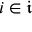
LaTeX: i \in { \mathfrak { i } }